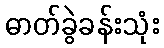
ဓာတ်ခွဲခန်းသုံး